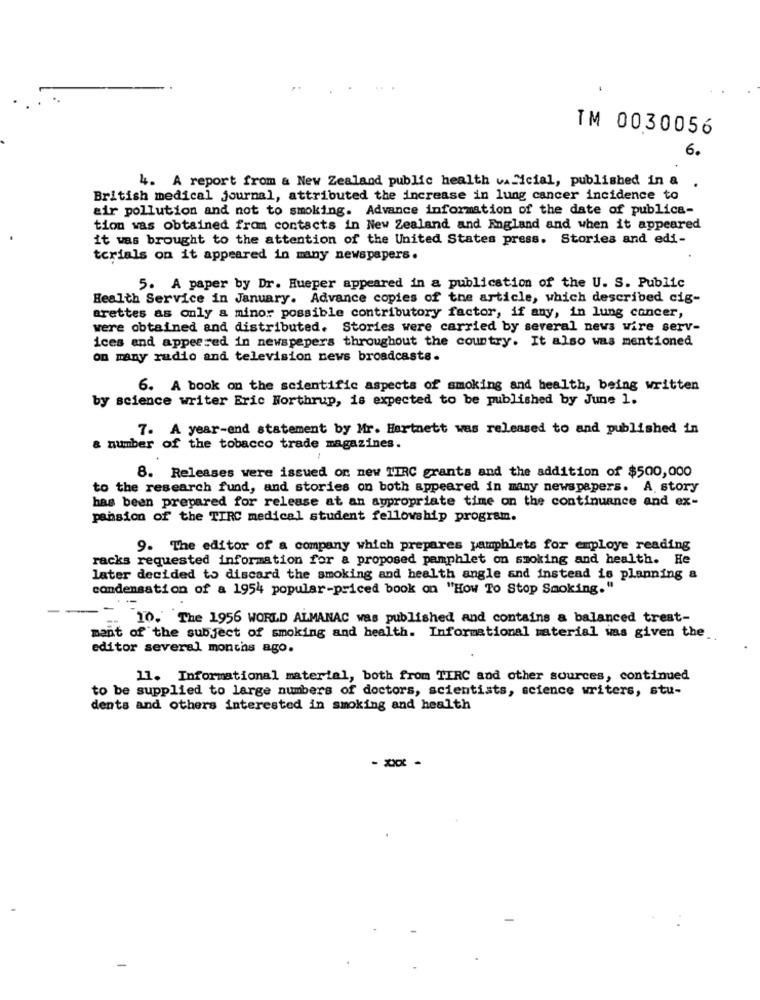
IM 0030056
6.
4. A report from & New Zealand public health vaficial, published in a
.
British medical journal, attributed the increase in lung cancer incidence to
air pollution and not to smoking. Advance information of the date of publica-
tion was obtained from contacts in New Zealand and England and when it appeared
it was brought to the attention of the United States press. Stories and edi-
torials on it appeared in many newspapers.
5. A paper by Dr. Hueper appeared in a publication of the U. S. Public
Health Service in January. Advance copies of the article, which described cig-
arettes as only a minor possible contributory factor, if any, in lung cancer,
were obtained and distributed. Stories were carried by several news wire serv-
ices and appeared in newspapers throughout the country. It also was mentioned
on many radio and television news broadcasts.
6. A book on the scientific aspects of smoking and health, being written
by science writer Eric Northrup, is expected to be published by June 1.
7. A year-end statement by Mr. Hartnett was released to and published in
& number of the tobacco trade magazines.
8. Releases were issued on new TIRC grants and the addition of $500,000
to the research fund, and stories on both appeared in many newspapers. A. story
has been prepared for release at an appropriate time on the continuance and ex-
pansion of the TIRC medical student fellowship program.
9. The editor of a company which prepares pamphlets for employe reading
racks requested information for a proposed pamphlet on smoking and health. He
later decided to discard the smoking and health angle and instead is planning a
condensation of a 1954 popular-priced book on "How To Stop Smoking."
-. 10. The 1956 WORLD ALMANAC was published and contains a balanced trest-
ment of the subject of smoking and health. Informational material was given the_
editor several months ago.
11. Informational material, both from TIRC and other sources, continued
to be supplied to large numbers of doctors, scientists, science writers, stu-
dents and others interested in smoking and health